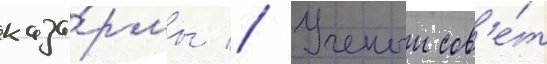
каза́рмы // Ученыи сов'е́т